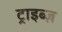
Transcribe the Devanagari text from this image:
ट्राइब्ज़